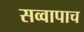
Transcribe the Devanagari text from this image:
सव्वापाच